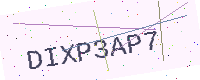
Text: DIXP3AP7